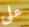
على